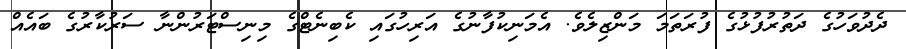
ދެދުވަހުގެ ދަތުރުފުޅުގެ ފުރަތަމަ މަންޒިލެވެ. އެމަނިކުފާނުގެ އަރިހުގައި ކެބިނެޓްގެ މިނިސްޓަރުންނާ ސަރުކާރުގެ ބައެއް